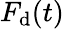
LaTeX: F_{\mathrm{d}}(t)